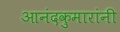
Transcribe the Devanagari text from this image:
आनंदकुमारांनी